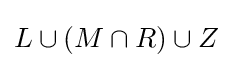
L\cup (M\cap R)\cup Z